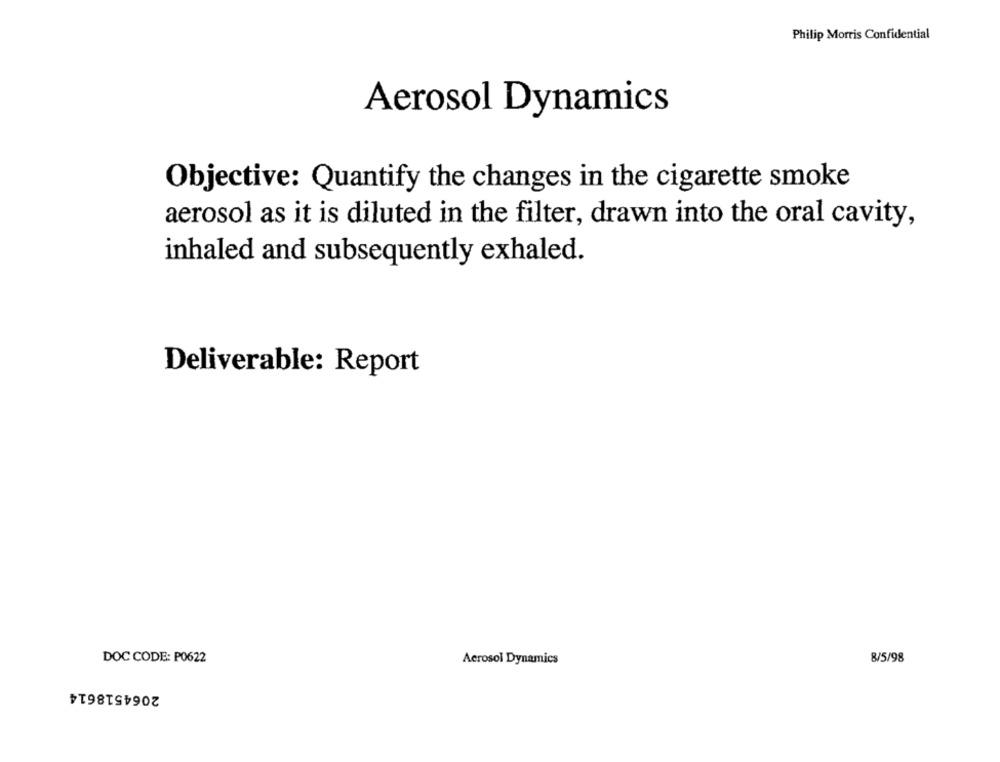
Philip Morris Confidential
Aerosol Dynamics
Objective: Quantify the changes in the cigarette smoke
aerosol as it is diluted in the filter, drawn into the oral cavity,
inhaled and subsequently exhaled.
Deliverable: Report
DOC CODE: P0622
Aerosol Dynamics
8/5/98
2064518614